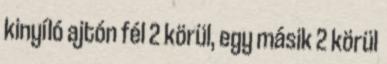
kinyíló ajtón fél 2 körül, egy másik 2 körül